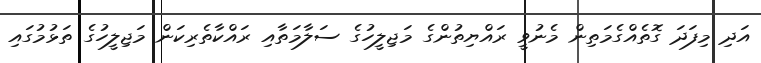
އަދި މިފަދަ ގޮތެއްގެމަތިން މެނުވީ ރައްޔިތުންގެ މަޖިލީހުގެ ސަލާމަތާއި ރައްކާތެރިކަން މަޖިލީހުގެ ތަޅުމުގައި